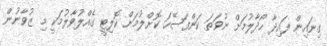
ގިނައިން ފައިދާ ހޯދާލުމަށް ނުވަތަ ކަންފަސޭހަ ކޮށްލުމަށް ކޮލިޓީ ގެއްލުވާލުމަކީ މި ޒުވާނުން